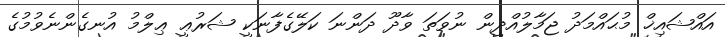
އައްޝައިޚް މުޙައްމަދު ޖަމާލުއްދީން ނުވަތަ ވާދޫ ދަންނަ ކަލޭގެފާނަކީ ޝަރުޢީ ޢިލްމު އުނގެންނެވުމުގެ